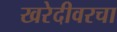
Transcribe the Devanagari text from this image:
खरेदीवरचा